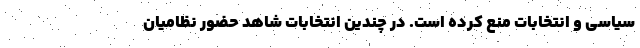
سیاسی و انتخابات منع کرده است. در چندین انتخابات شاهد حضور نظامیان